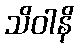
သိဝါနိ